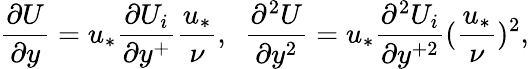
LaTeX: \frac{\partial U}{\partial y}=u_{*}\frac{\partial U_{i}}{\partial y^{+}}\frac{u_{*}}{\nu},\ \ \frac{\partial^{2}U}{\partial y^{2}}=u_{*}\frac{\partial^{2}U_{i}}{\partial y^{+2}}(\frac{u_{*}}{\nu})^{2},